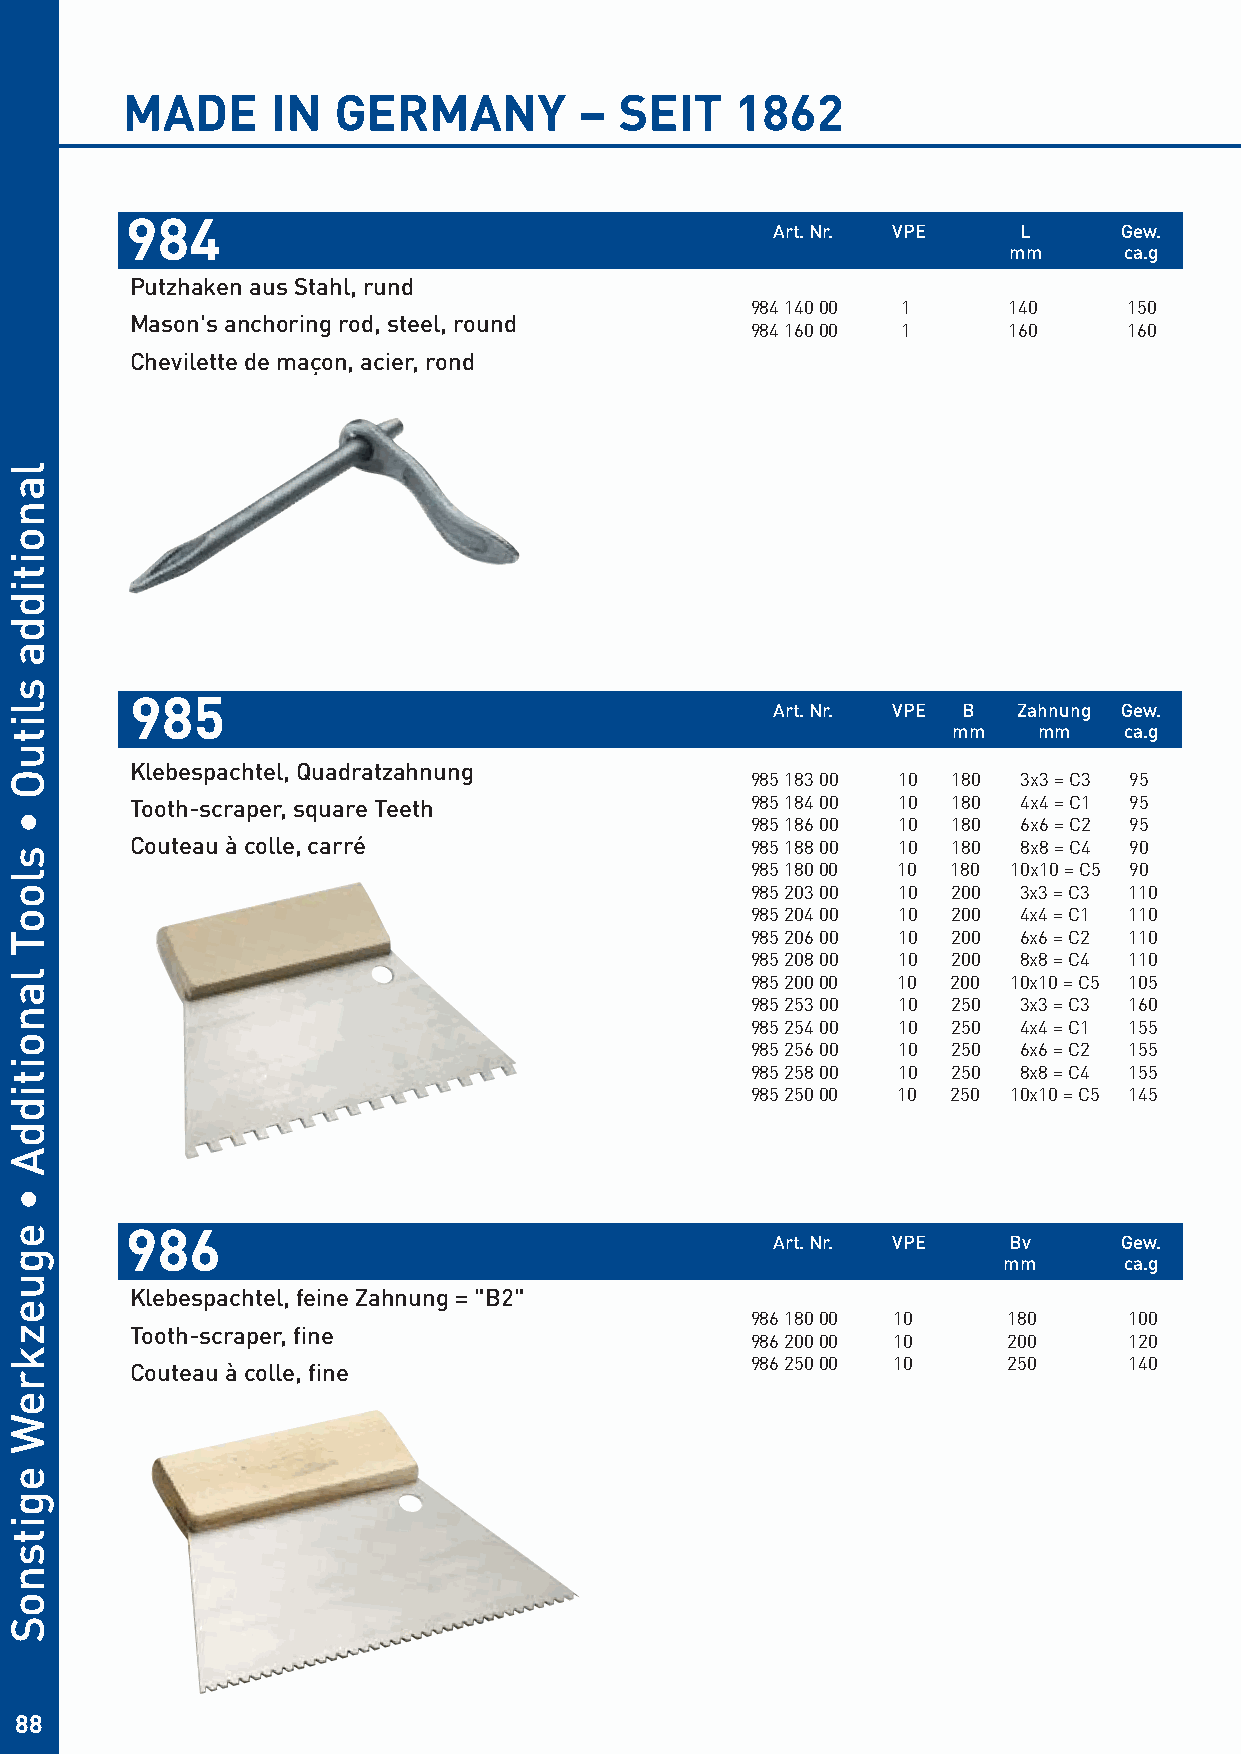
MADE      IN  GERMANY         –  SEIT    1862
 984
 Art. Nr. VPE    L      Gew.
 mm     ca.g
 Putzhaken aus Stahl, rund
 984 140 00 1     140     150
 Mason's anchoring rod, steel, round
 984 160 00 1     160     160
 Chevilette de maçon, acier, rond
 985
 Art. Nr. VPE B  Zahnung Gew.
 mm    mm   ca.g
 Klebespachtel, Quadratzahnung
 985 183 00 10 180 3x3 = C3 95
 Tooth-scraper, square Teeth              985 184 00 10 180 4x4 = C1 95
 985 186 00 10 180 6x6 = C2 95
 Couteau à colle, carré                   985 188 00 10 180 8x8 = C4 90
 985 180 00 10 180 10x10 = C5 90
 985 203 00 10 200 3x3 = C3 110
 985 204 00 10 200 4x4 = C1 110
 985 206 00 10 200 6x6 = C2 110
 985 208 00 10 200 8x8 = C4 110
 985 200 00 10 200 10x10 = C5 105
 985 253 00 10 250 3x3 = C3 160
 985 254 00 10 250 4x4 = C1 155
 985 256 00 10 250 6x6 = C2 155
 985 258 00 10 250 8x8 = C4 155
 985 250 00 10 250 10x10 = C5 145
 986
 Art. Nr. VPE    Bv     Gew.
 mm      ca.g
 Klebespachtel, feine Zahnung = "B2"
 986 180 00 10    180     100
 Tooth-scraper, fine
 986 200 00 10    200     120
 986 250 00 10    250     140
 Couteau à colle, fine
 88
 lanoitidda
 slituO
 •
 slooT
 lanoitiddA
 •
 eguezkreW
 egitsnoS